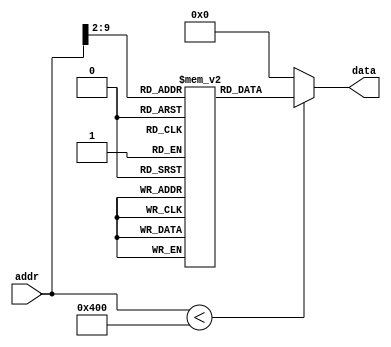
module ROM_without_UART (addr,data);
input [30:0] addr;
output [31:0] data;

localparam ROM_SIZE = 256;
(* rom_style = "distributed" *) reg [31:0] ROMDATA[ROM_SIZE-1:0];

assign data=(addr < 4 * ROM_SIZE) ? ROMDATA[addr[30:2]] : 32'b0;

integer i;
initial begin
    //0x0  	j	main
    ROMDATA[0] <= 32'h08000003;
    //0x4  	j	interrupt
    ROMDATA[1] <= 32'h08000022;
    //0x8     	j	exception
    ROMDATA[2] <= 32'h08000020;
    //0xc  main:	lui		$s0,	0x4000
    ROMDATA[3] <= 32'h3c104000;
    //0x10  	addi	$s0,	$s0,	0x0000
    ROMDATA[4] <= 32'h22100000;
    //0x14  	lui		$s1,	0x4000
    ROMDATA[5] <= 32'h3c114000;
    //0x18  	addi	$s1,	$s1,	0x0008
    ROMDATA[6] <= 32'h22310008;
    //0x1c  timer:	sw	    $0,	    8($s0)
    ROMDATA[7] <= 32'hae000008;
    //0x20  	addi 	$t0, 	$0,     -30000
    ROMDATA[8] <= 32'h20088ad0;
    //0x24  	sw	    $t0,	0($s0)
    ROMDATA[9] <= 32'hae080000;
    //0x28  	addi	$t0,	$0,	    -1
    ROMDATA[10] <= 32'h2008ffff;
    //0x2c  	sw	    $t0,	4($s0)
    ROMDATA[11] <= 32'hae080004;
    //0x30  	addi	$t0,	$0,     3
    ROMDATA[12] <= 32'h20080003;
    //0x34  	sw	    $t0,	8($s0)
    ROMDATA[13] <= 32'hae080008;
    //0x38  	add	    $v0,	$0,	$0
    ROMDATA[14] <= 32'h00001020;
    //0x3c  	addi	$a0,	$0,		65
    ROMDATA[15] <= 32'h20040041;
    //0x40  	addi	$a1,	$0,		35
    ROMDATA[16] <= 32'h20050023;
    //0x44  	add		$a2,	$0, 	$a0
    ROMDATA[17] <= 32'h00043020;
    //0x48  	add		$a3, 	$0, 	$a1
    ROMDATA[18] <= 32'h00053820;
    //0x4c  	j		judge
    ROMDATA[19] <= 32'h0800001b;
    //0x50  div:	sub		$t1,	$a0,	$a1
    ROMDATA[20] <= 32'h00854822;
    //0x54  	blez	$t1,	swap
    ROMDATA[21] <= 32'h19200002;
    //0x58  	add		$a0,	$t1,	$0
    ROMDATA[22] <= 32'h01202020;
    //0x5c  	j		judge
    ROMDATA[23] <= 32'h0800001b;
    //0x60  swap:	add		$t1,	$a1,	$0
    ROMDATA[24] <= 32'h00a04820;
    //0x64  	add		$a1,	$a0,	$0
    ROMDATA[25] <= 32'h00802820;
    //0x68  	add		$a0,	$t1,	$0
    ROMDATA[26] <= 32'h01202020;
    //0x6c  judge:	bne		$a0,	$a1,	div
    ROMDATA[27] <= 32'h1485fff8;
    //0x70  	add		$v0,	$a0,	$0
    ROMDATA[28] <= 32'h00801020;
    //0x74  UART_sender:	sw		$v0,	12($s0)
    ROMDATA[29] <= 32'hae02000c;
    //0x78  	sw		$v0,	24($s0)
    ROMDATA[30] <= 32'hae020018;
    //0x7c  forever_loop:	j		forever_loop
    ROMDATA[31] <= 32'h0800001f;
    //0x80  exception:	j 		exception
    ROMDATA[32] <= 32'h08000020;
    //0x84  	jr 		$k0
    ROMDATA[33] <= 32'h03400008;
    //0x88  interrupt:	addi	$t5,	$0,		-7
    ROMDATA[34] <= 32'h200dfff9;
    //0x8c  	lui		$s7,	0x4000
    ROMDATA[35] <= 32'h3c174000;
    //0x90  	addi	$s7,	$s7,	0x0000
    ROMDATA[36] <= 32'h22f70000;
    //0x94  	lw		$t6,	8($s7)
    ROMDATA[37] <= 32'h8eee0008;
    //0x98  	and		$t5,	$t5,	$t6
    ROMDATA[38] <= 32'h01ae6824;
    //0x9c  	sw		$t5,	8($s7)
    ROMDATA[39] <= 32'haeed0008;
    //0xa0  	lw		$t5,	20($s7)
    ROMDATA[40] <= 32'h8eed0014;
    //0xa4  	andi	$s6,	$t5,	0x0F00
    ROMDATA[41] <= 32'h31b60f00;
    //0xa8  	addi	$t6,	$0,		0x100
    ROMDATA[42] <= 32'h200e0100;
    //0xac  	beq		$s6,	$0,		one_high
    ROMDATA[43] <= 32'h12c00007;
    //0xb0  	beq		$s6,	$t6,	one_low
    ROMDATA[44] <= 32'h12ce000c;
    //0xb4  	sll		$t6,	$t6,	1
    ROMDATA[45] <= 32'h000e7040;
    //0xb8  	beq		$s6,	$t6,	two_high
    ROMDATA[46] <= 32'h12ce000f;
    //0xbc  	sll		$t6,	$t6,	1
    ROMDATA[47] <= 32'h000e7040;
    //0xc0  	beq		$s6,	$t6,	two_low
    ROMDATA[48] <= 32'h12ce0013;
    //0xc4  	sll		$t6,	$t6,	1
    ROMDATA[49] <= 32'h000e7040;
    //0xc8  	beq		$s6,	$t6,	one_high
    ROMDATA[50] <= 32'h12ce0000;
    //0xcc  one_high:	andi	$t7,	$a3,	0x00f0
    ROMDATA[51] <= 32'h30ef00f0;
    //0xd0  	srl		$t7,	$t7,	4
    ROMDATA[52] <= 32'h000f7902;
    //0xd4  	jal		BCD_decode
    ROMDATA[53] <= 32'h0c000049;
    //0xd8  	addi	$t7,	$t7,	0x0100
    ROMDATA[54] <= 32'h21ef0100;
    //0xdc  	sw		$t7,	20($s7)
    ROMDATA[55] <= 32'haeef0014;
    //0xe0  	j		exit
    ROMDATA[56] <= 32'h08000089;
    //0xe4  one_low:	andi	$t7,	$a3,	0x000f
    ROMDATA[57] <= 32'h30ef000f;
    //0xe8  	jal		BCD_decode
    ROMDATA[58] <= 32'h0c000049;
    //0xec  	addi	$t7,	$t7,	0x0200
    ROMDATA[59] <= 32'h21ef0200;
    //0xf0  	sw		$t7,	20($s7)
    ROMDATA[60] <= 32'haeef0014;
    //0xf4  	j		exit
    ROMDATA[61] <= 32'h08000089;
    //0xf8  two_high:	andi	$t7,	$a2,	0x00f0
    ROMDATA[62] <= 32'h30cf00f0;
    //0xfc  	srl		$t7,	$t7,	4
    ROMDATA[63] <= 32'h000f7902;
    //0x100  	jal		BCD_decode
    ROMDATA[64] <= 32'h0c000049;
    //0x104  	addi	$t7,	$t7,	0x0400
    ROMDATA[65] <= 32'h21ef0400;
    //0x108  	sw		$t7,	20($s7)
    ROMDATA[66] <= 32'haeef0014;
    //0x10c  	j		exit
    ROMDATA[67] <= 32'h08000089;
    //0x110  two_low:	andi	$t7,	$a2,	0x000f
    ROMDATA[68] <= 32'h30cf000f;
    //0x114  	jal		BCD_decode
    ROMDATA[69] <= 32'h0c000049;
    //0x118  	addi	$t7,	$t7,	0x0800
    ROMDATA[70] <= 32'h21ef0800;
    //0x11c  	sw		$t7,	20($s7)
    ROMDATA[71] <= 32'haeef0014;
    //0x120  	j		exit
    ROMDATA[72] <= 32'h08000089;
    //0x124  BCD_decode:	addi	$t5,	$t7,	0
    ROMDATA[73] <= 32'h21ed0000;
    //0x128  	beq		$t5,	$0,		zero
    ROMDATA[74] <= 32'h11a0001e;
    //0x12c  	addi	$t5,	$t7,	-1
    ROMDATA[75] <= 32'h21edffff;
    //0x130  	beq		$t5,	$0,		one
    ROMDATA[76] <= 32'h11a0001e;
    //0x134  	addi	$t5,	$t7,	-2
    ROMDATA[77] <= 32'h21edfffe;
    //0x138  	beq		$t5,	$0,		two
    ROMDATA[78] <= 32'h11a0001e;
    //0x13c  	addi	$t5,	$t7, 	-3
    ROMDATA[79] <= 32'h21edfffd;
    //0x140  	beq 	$t5, 	$0, 	three
    ROMDATA[80] <= 32'h11a0001e;
    //0x144  	addi 	$t5, 	$t7, 	-4
    ROMDATA[81] <= 32'h21edfffc;
    //0x148  	beq 	$t5, 	$0, 	four
    ROMDATA[82] <= 32'h11a0001e;
    //0x14c  	addi	$t5,	$t7, 	-5
    ROMDATA[83] <= 32'h21edfffb;
    //0x150  	beq		$t5,	$0, 	five
    ROMDATA[84] <= 32'h11a0001e;
    //0x154  	addi	$t5, 	$t7, 	-6
    ROMDATA[85] <= 32'h21edfffa;
    //0x158  	beq 	$t5, 	$0, 	six
    ROMDATA[86] <= 32'h11a0001e;
    //0x15c  	addi 	$t5, 	$t7, 	-7
    ROMDATA[87] <= 32'h21edfff9;
    //0x160  	beq 	$t5, 	$0, 	seven
    ROMDATA[88] <= 32'h11a0001e;
    //0x164  	addi 	$t5, 	$t7, 	-8
    ROMDATA[89] <= 32'h21edfff8;
    //0x168  	beq 	$t5, 	$0, 	eight
    ROMDATA[90] <= 32'h11a0001e;
    //0x16c  	addi 	$t5, 	$t7, 	-9
    ROMDATA[91] <= 32'h21edfff7;
    //0x170  	beq 	$t5, 	$0, 	nine
    ROMDATA[92] <= 32'h11a0001e;
    //0x174  	addi 	$t5, 	$t7, 	-10
    ROMDATA[93] <= 32'h21edfff6;
    //0x178  	beq 	$t5, 	$0, 	ten
    ROMDATA[94] <= 32'h11a0001e;
    //0x17c  	addi 	$t5, 	$t7, 	-11
    ROMDATA[95] <= 32'h21edfff5;
    //0x180  	beq 	$t5, 	$0, 	eleven
    ROMDATA[96] <= 32'h11a0001e;
    //0x184  	addi 	$t5, 	$t7, 	-12
    ROMDATA[97] <= 32'h21edfff4;
    //0x188  	beq 	$t5, 	$0, 	twelve
    ROMDATA[98] <= 32'h11a0001e;
    //0x18c  	addi 	$t5, 	$t7, 	-13
    ROMDATA[99] <= 32'h21edfff3;
    //0x190  	beq 	$t5, 	$0, 	thirteen
    ROMDATA[100] <= 32'h11a0001e;
    //0x194  	addi 	$t5, 	$t7, 	-14
    ROMDATA[101] <= 32'h21edfff2;
    //0x198  	beq 	$t5, 	$0, 	fourteen
    ROMDATA[102] <= 32'h11a0001e;
    //0x19c  	addi 	$t5, 	$t7, 	-15
    ROMDATA[103] <= 32'h21edfff1;
    //0x1a0  	beq 	$t5, 	$0, 	fifteen
    ROMDATA[104] <= 32'h11a0001e;
    //0x1a4  zero:	addi 	$t7, 	$0, 	0x003f
    ROMDATA[105] <= 32'h200f003f;
    //0x1a8  	jr 		$ra
    ROMDATA[106] <= 32'h03e00008;
    //0x1ac  one:	addi 	$t7, 	$0, 	0x0006
    ROMDATA[107] <= 32'h200f0006;
    //0x1b0  	jr 		$ra
    ROMDATA[108] <= 32'h03e00008;
    //0x1b4  two:	addi 	$t7, 	$0, 	0x005b
    ROMDATA[109] <= 32'h200f005b;
    //0x1b8  	jr 		$ra
    ROMDATA[110] <= 32'h03e00008;
    //0x1bc  three:	addi 	$t7, 	$0, 	0x004f
    ROMDATA[111] <= 32'h200f004f;
    //0x1c0  	jr 		$ra
    ROMDATA[112] <= 32'h03e00008;
    //0x1c4  four:	addi 	$t7, 	$0, 	0x0066
    ROMDATA[113] <= 32'h200f0066;
    //0x1c8  	jr 		$ra
    ROMDATA[114] <= 32'h03e00008;
    //0x1cc  five:	addi 	$t7, 	$0, 	0x006d
    ROMDATA[115] <= 32'h200f006d;
    //0x1d0  	jr 		$ra
    ROMDATA[116] <= 32'h03e00008;
    //0x1d4  six:	addi 	$t7, 	$0, 	0x007d
    ROMDATA[117] <= 32'h200f007d;
    //0x1d8  	jr 		$ra
    ROMDATA[118] <= 32'h03e00008;
    //0x1dc  seven:	addi 	$t7, 	$0, 	0x0007
    ROMDATA[119] <= 32'h200f0007;
    //0x1e0  	jr 		$ra
    ROMDATA[120] <= 32'h03e00008;
    //0x1e4  eight:	addi 	$t7, 	$0, 	0x007f
    ROMDATA[121] <= 32'h200f007f;
    //0x1e8  	jr 		$ra
    ROMDATA[122] <= 32'h03e00008;
    //0x1ec  nine:	addi 	$t7, 	$0, 	0x006f
    ROMDATA[123] <= 32'h200f006f;
    //0x1f0  	jr 		$ra
    ROMDATA[124] <= 32'h03e00008;
    //0x1f4  ten:	addi 	$t7, 	$0, 	0x0077
    ROMDATA[125] <= 32'h200f0077;
    //0x1f8  	jr 		$ra
    ROMDATA[126] <= 32'h03e00008;
    //0x1fc  eleven:	addi 	$t7, 	$0, 	0x007c
    ROMDATA[127] <= 32'h200f007c;
    //0x200  	jr		$ra
    ROMDATA[128] <= 32'h03e00008;
    //0x204  twelve:	addi 	$t7, 	$0, 	0x0039
    ROMDATA[129] <= 32'h200f0039;
    //0x208  	jr 		$ra
    ROMDATA[130] <= 32'h03e00008;
    //0x20c  thirteen:	addi 	$t7, 	$0, 	0x005e
    ROMDATA[131] <= 32'h200f005e;
    //0x210  	jr 		$ra
    ROMDATA[132] <= 32'h03e00008;
    //0x214  fourteen:	addi 	$t7, 	$0, 	0x0079
    ROMDATA[133] <= 32'h200f0079;
    //0x218  	jr 		$ra
    ROMDATA[134] <= 32'h03e00008;
    //0x21c  fifteen:	addi 	$t7, 	$0, 	0x0071
    ROMDATA[135] <= 32'h200f0071;
    //0x220  	jr 		$ra
    ROMDATA[136] <= 32'h03e00008;
    //0x224  exit:	lui 	$s7, 	0x4000
    ROMDATA[137] <= 32'h3c174000;
    //0x228  	addi	$s7,	$s7,	0x0000
    ROMDATA[138] <= 32'h22f70000;
    //0x22c  	lw 		$t6, 	8($s7)
    ROMDATA[139] <= 32'h8eee0008;
    //0x230  	addi 	$t7, 	$0, 	2
    ROMDATA[140] <= 32'h200f0002;
    //0x234  	or 		$t6, 	$t7, 	$t6
    ROMDATA[141] <= 32'h01ee7025;
    //0x238  	sw 		$t6, 	8($s7)
    ROMDATA[142] <= 32'haeee0008;
    //0x23c  	jr 		$k0
    ROMDATA[143] <= 32'h03400008;

	for (i = 144; i < ROM_SIZE; i = i + 1) begin
        ROMDATA[i] <= 32'b0;
    end
end
endmodule